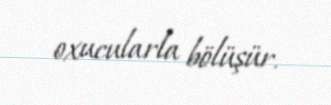
oxucularla bölüşür.